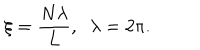
\xi = \frac { N \lambda } { L } , \; \; \lambda = 2 \pi .